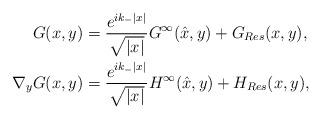
LaTeX: \begin{align*} G(x,y) &= \frac{e^{ik_{-}\vert x \vert}}{\sqrt{\vert x \vert}}G^{\infty}(\hat x, y) + G_{Res}(x,y),\\ \nabla_y G(x,y) &= \frac{e^{ik_{-}\vert x \vert}}{\sqrt{\vert x \vert}}H^{\infty}(\hat x,y ) + H_{Res}(x,y),\end{align*}